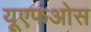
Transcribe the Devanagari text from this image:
यूएफओस